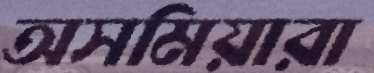
অসমিয়ারা